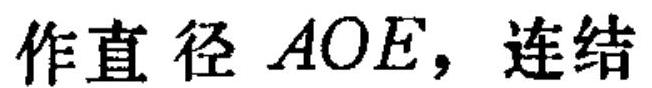
作直径 \(AOE\)，连结